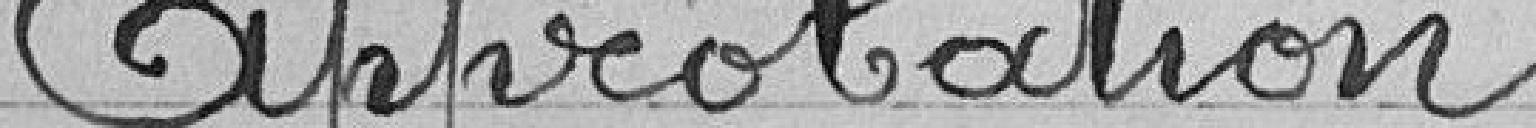
Approbation